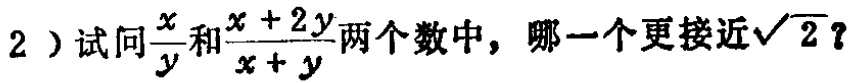
2 ) 试问$\frac{x}{y}$和$\frac{x + 2y}{x + y}$两个数中，哪一个更接近$\sqrt{2}$？